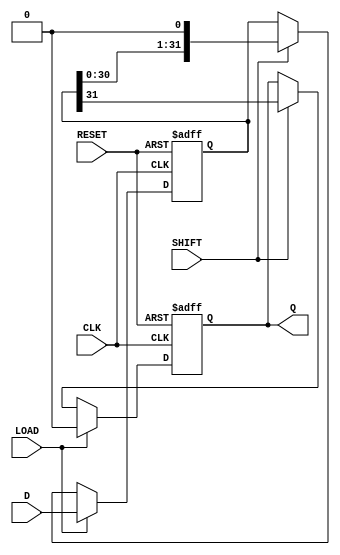
module piso_register (
    input wire [31:0] D,        // 32-bit data input
    input wire LOAD,            // Load control signal
    input wire SHIFT,           // Shift control signal
    input wire CLK,             // Clock signal
    input wire RESET,           // Asynchronous reset signal
    output reg Q               // Serial output
);

    reg [31:0] shift_reg;       // 32-bit shift register

    // Asynchronous reset and loading data
    always @(posedge CLK or posedge RESET) begin
        if (RESET) begin
            shift_reg <= 32'b0;  // Clear the register
            Q <= 1'b0;           // Clear the output
        end else if (LOAD) begin
            shift_reg <= D;      // Load data into shift register
            Q <= 1'b0;           // Reset output when loading
        end else if (SHIFT) begin
            Q <= shift_reg[31];  // Output MSB
            shift_reg <= {shift_reg[30:0], 1'b0}; // Shift right
        end
    end

endmodule